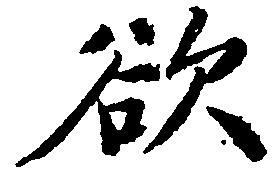
欲